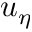
u _ { \eta }